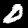
Digit: 0